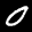
Label: 0